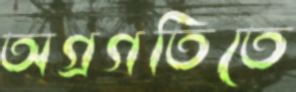
অগ্রগতিতে